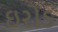
ઇરોડ